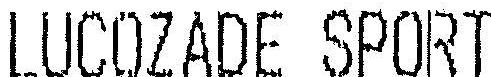
LUCOZADE SPORT